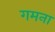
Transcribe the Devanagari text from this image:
गमना